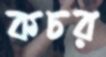
কচর